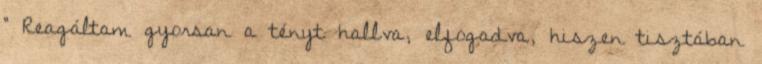
” Reagáltam gyorsan a tényt hallva, elfogadva, hiszen tisztában